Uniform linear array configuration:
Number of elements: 8
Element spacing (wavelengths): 0.75
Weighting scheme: blackman
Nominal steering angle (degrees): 0
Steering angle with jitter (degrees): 0.8903
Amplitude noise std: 0.05
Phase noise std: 0.05

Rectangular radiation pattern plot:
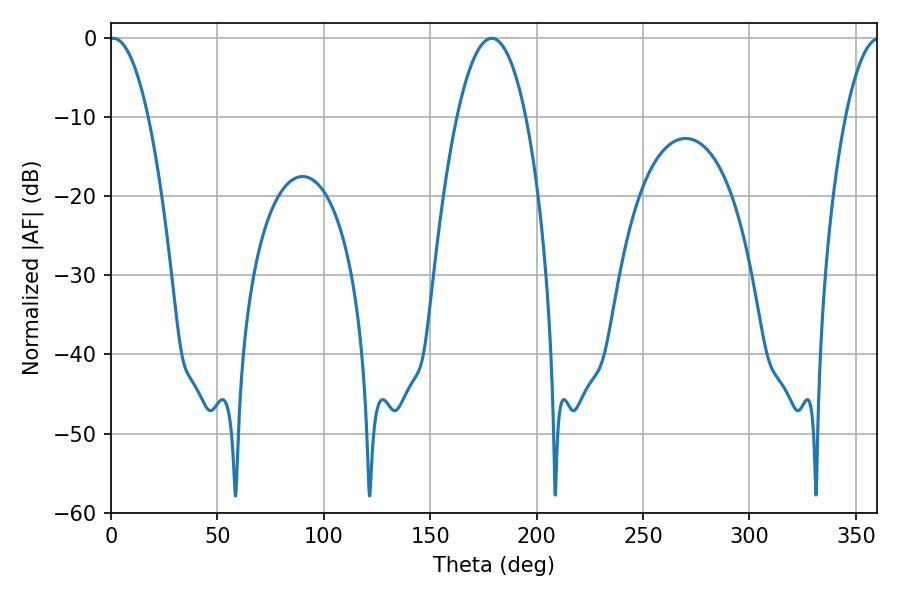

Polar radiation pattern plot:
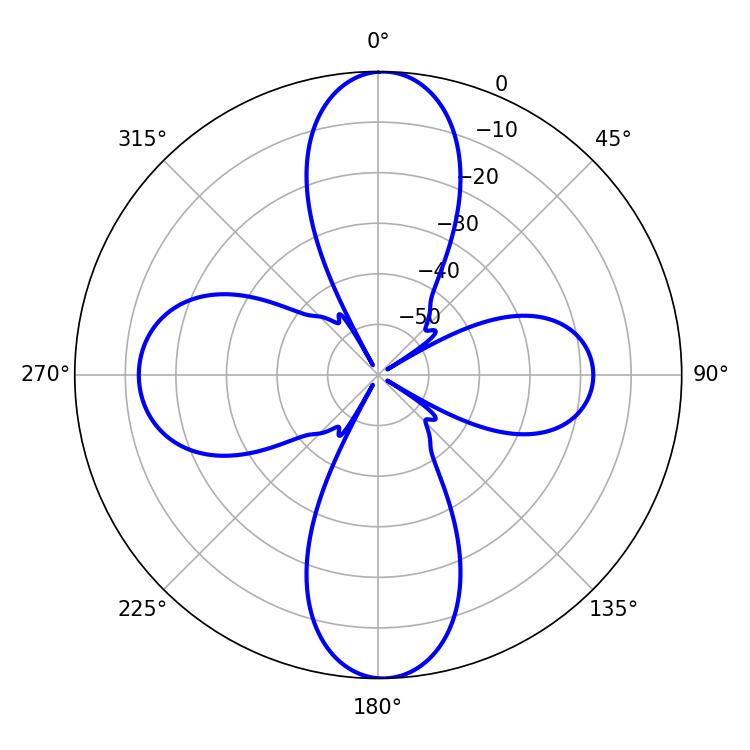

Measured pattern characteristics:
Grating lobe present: TRUE
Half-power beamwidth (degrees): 10.08
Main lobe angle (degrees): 1.08